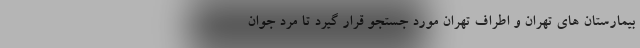
بیمارستان های تهران و اطراف تهران مورد جستجو قرار گیرد تا مرد جوان